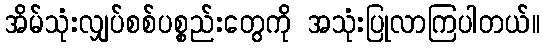
အိမ်သုံးလျှပ်စစ်ပစ္စည်းတွေကို အသုံးပြုလာကြပါတယ်။